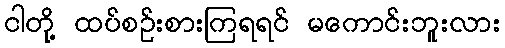
ငါတို့ ထပ်စဉ်းစားကြရရင် မကောင်းဘူးလား